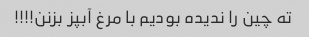
ته چین را ندیده بودیم با مرغ آبپز بزنن!!!!